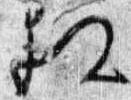
相